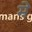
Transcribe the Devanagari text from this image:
म़े